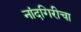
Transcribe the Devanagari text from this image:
नांदगिरीचा